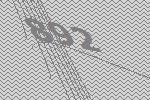
892